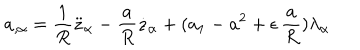
a _ { , \alpha } = \frac { 1 } { R } \ddot { z } _ { \alpha } - \frac { a } { R } \dot { z } _ { \alpha } + ( a _ { 1 } - a ^ { 2 } + \epsilon \, \frac { a } { R } ) \lambda _ { \alpha }